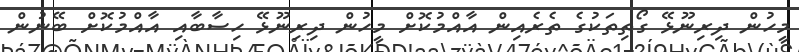
މީހުން ދިރިނޫޅޭ ގޯތިތަކުގެ ތެރެއިން އާއްމުކޮށް މީހުން ދިރިނޫޅޭ ހިސާބާއި އާއްމުކޮށް ބޭނުން